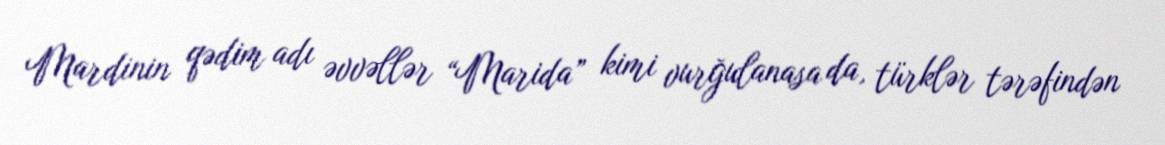
Mardinin qədim adı əvvəllər “Marida” kimi vurğulanasa da, türklər tərəfindən